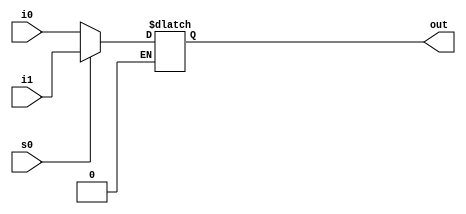
module Bit_2_to_1_Mux (out, i0, i1, s0);
	output [15:0] out;
	input [15:0] i0, i1;
	input s0;

	reg [15:0] tempout;
	
	always @(s0,i0,i1)
	begin	
	
	if (s0==1'b0)
		tempout = i0; 
	else if (s0==1'b1)
		tempout = i1;
	end	
	
	assign out=tempout;
	
endmodule


module Test_16_Bit_2_to_1_Mux;

	reg [15:0] IN0, IN1;
	reg S0;

	wire [15:0] OUTPUT;
		
	Bit_2_to_1_Mux mymux(OUTPUT, IN0, IN1,S0);
	
	initial
	begin

		IN0 = 16'b1001110101111001; IN1 = 16'b1000001111110101;
		#1 $display("IN0= %b, IN1= %b.\n",IN0,IN1);

		S0 = 0;
		#1 $display("S0 = %b, OUTPUT = %b \n", S0, OUTPUT);
		
		S0 = 1;
		#1 $display("S0 = %b, OUTPUT = %b \n",S0, OUTPUT);
	end
	
endmodule